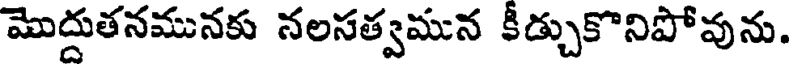
మొద్దుతనమునకు నలసత్వమున కీడ్చుకొనిపోవును.